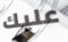
عليك